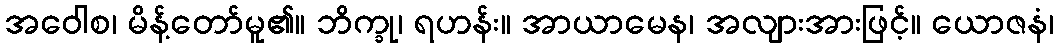
အဝေါစ၊ မိန့်တော်မူ၏။ ဘိက္ခု၊ ရဟန်း။ အာယာမေန၊ အလျားအားဖြင့်။ ယောဇနံ၊